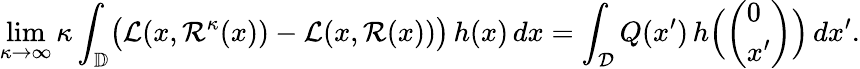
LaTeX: \operatorname*{lim}_{\kappa\to\infty}\kappa\int_{\mathbb D}\bigl(\mathcal L(x,\mathcal R^{\kappa}(x))-\mathcal L(x,\mathcal R(x))\bigr)\, h(x)\, dx=\int_{\mathcal D}Q(x^{\prime})\, h\Bigl(\left(\begin{array}{l}{0}\\ {x^{\prime}}\end{array}\right)\Bigr)\, dx^{\prime}.